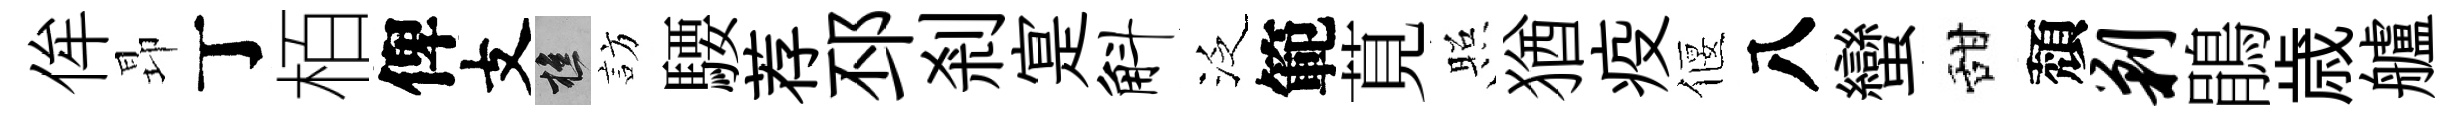
侔昻丁栢俾支樵訪騕荐邳剎寔斛泛範莧照猶疫偃八蠻甜頽剿鵑歳艫